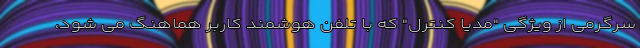
سرگرمی از ویژگی "مدیا کنترل" که با تلفن هوشمند کاربر هماهنگ می شود،